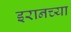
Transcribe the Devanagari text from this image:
इरानच्या